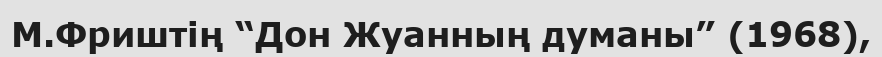
М.Фриштің “Дон Жуанның думаны” (1968),